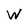
Character: W